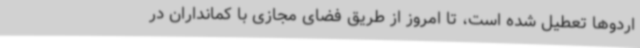
اردوها تعطیل شده است، تا امروز از طریق فضای مجازی با کمانداران در